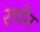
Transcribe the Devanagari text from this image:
रापेन